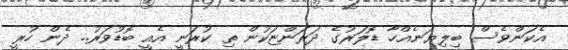
އެކަންވެސް ބިލިޔަނެއްހާ ޑޮލަރުގެ ދަރަންޏަކުން ތި ކުރަނީ އެއީ ބޮޑުވަރު.. ދެން ހުރީ